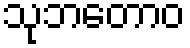
သုဘတောဝ